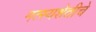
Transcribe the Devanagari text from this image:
मत्स्यशेतीचे